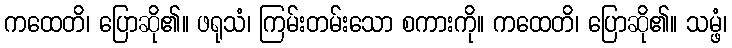
ကထေတိ၊ ပြောဆို၏။ ဖရုသံ၊ ကြမ်းတမ်းသော စကားကို။ ကထေတိ၊ ပြောဆို၏။ သမ္ဖံ၊